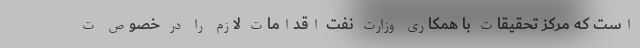
است که مرکز تحقیقات با همکاری وزارت نفت اقدامات لازم را در خصوص ت